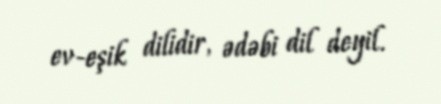
ev-eşik dilidir, ədəbi dil deyil.